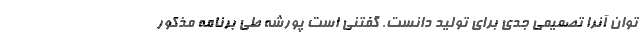
توان آنرا تصمیمی جدی برای تولید دانست. گفتنی است پورشه طی برنامه مذکور